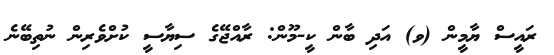
ރައީސް ޔާމީން (ވ) އަދި ބާން ކީ-މޫން: ރާއްޖޭގެ ސިޔާސީ ކުށްވެރިން ނުތިބޭނެ